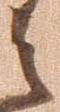
之